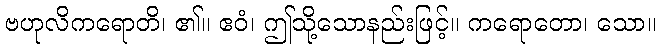
ဗဟုလိကရောတိ၊ ၏။ ဧဝံ၊ ဤသို့သောနည်းဖြင့်။ ကရောတော၊ သော။